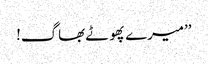
’’میرے پھوٹے بھاگ!